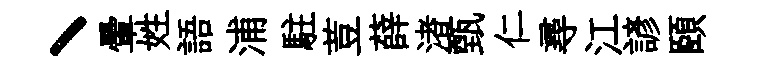
丶暈姓語浦駐荳薛渚甄仁尋江諺頤